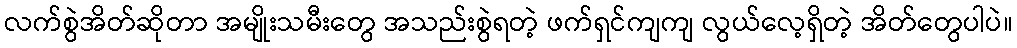
လက်စွဲအိတ်ဆိုတာ အမျိုးသမီးတွေ အသည်းစွဲရတဲ့ ဖက်ရှင်ကျကျ လွယ်လေ့ရှိတဲ့ အိတ်တွေပါပဲ။